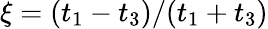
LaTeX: \xi=(t_{1}-t_{3})/(t_{1}+t_{3})